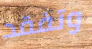
وتفقد